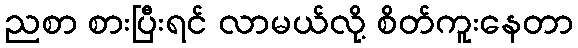
ညစာ စားပြီးရင် လာမယ်လို့ စိတ်ကူးနေတာ